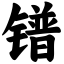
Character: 镨